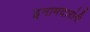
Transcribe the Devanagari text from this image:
इनामदारांनी